Vaccination in Bombay 1869-1873 - 1869-1873
Year: 1869
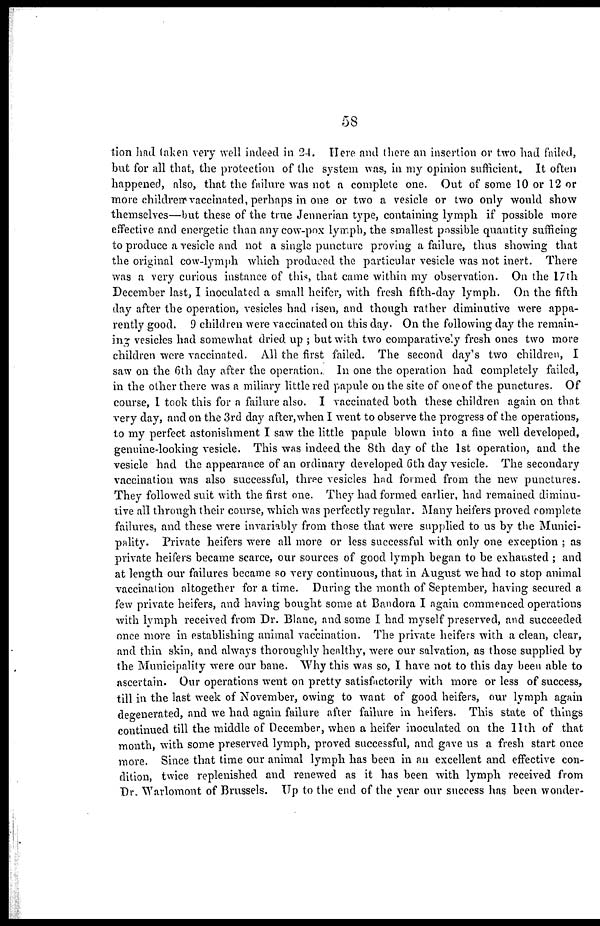
58
tion had taken very well indeed in 24. Here and there an insertion or two had failed,
but for all that, the protection of the system was, in my opinion sufficient. It often
happened, also, that the failure was not a complete one. Out of some 10 or 12 or
more children vaccinated, perhaps in one or two a vesicle or two only would show
themselves—but these of the true Jennerian type, containing lymph if possible more
effective and energetic than any cow-pox lymph, the smallest possible quantity sufficing
to produce a vesicle and not a single puncture proving a failure, thus showing that
the original cow-lymph which produced the particular vesicle was not inert. There
was a very curious instance of this, that came within my observation. On the 17th
December last, I inoculated a small heifer, with fresh fifth-day lymph. On the fifth
day after the operation, vesicles had risen, and though rather diminutive were appa-
rently good. 9 children were vaccinated on this day. On the following day the remain-
ing vesicles had somewhat dried up ; but with two comparatively fresh ones two more
children were vaccinated. All the first failed. The second day's two children, I
saw on the 6th day after the operation. In one the operation had completely failed,
in the other there was a miliary little red papule on the site of one of the punctures. Of
course, I took this for a failure also. I vaccinated both these children again on that
very day, and on the 3rd day after,when I went to observe the progress of the operations,
to my perfect astonishment I saw the little papule blown into a fine well developed,
genuine-looking vesicle. This was indeed the 8th day of the 1st operation, and the
vesicle had the appearance of an ordinary developed 6th day vesicle. The secondary
vaccination was also successful, three vesicles had formed from the new punctures.
They followed suit with the first one. They had formed earlier, had remained diminu-
tive all through their course, which was perfectly regular. Many heifers proved complete
failures, and these were invariably from those that were supplied to us by the Munici-
pality. Private heifers were all more or less successful with only one exception ; as
private heifers became scarce, our sources of good lymph began to be exhausted ; and
at length our failures became so very continuous, that in August we had to stop animal
vaccination altogether for a time. During the month of September, having secured a
few private heifers, and having bought some at Bandora I again commenced operations
with lymph received from Dr. Blanc, and some I had myself preserved, and succeeded
once more in establishing animal vaccination. The private heifers with a clean, clear,
and thin skin, and always thoroughly healthy, were our salvation, as those supplied by
the Municipality were our bane. Why this was so, I have not to this day been able to
ascertain. Our operations went on pretty satisfactorily with more or less of success,
till in the last week of November, owing to want of good heifers, our lymph again
degenerated, and we had again failure after failure in heifers. This state of things
continued till the middle of December, when a heifer inoculated on the 11th of that
month, with some preserved lymph, proved successful, and gave us a fresh start once
more. Since that time our animal lymph has been in an excellent and effective con-
dition, twice replenished and renewed as it has been with lymph received from
Dr. Warlomont of Brussels. Up to the end of the year our success has been wonder-